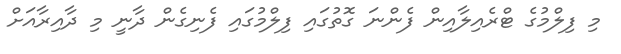
މި ފިލްމުގެ ޓްރެއިލާއިން ފެންނަ ގޮތުގައި ފިލްމުގައި ފެނިގެން ދާނީ މި ދާއިރާއަށް